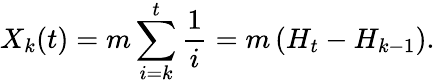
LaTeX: {X}_{k}(t)=m\sum_{i=k}^{t}\frac{1}{i}=m\left(H_{t}-H_{k-1}\right).